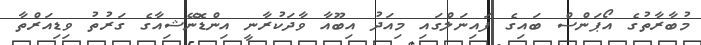
މުބާރާތުގެ އޯޕަންސް ބައިގެ ފައިނަލްގައި މިއަދު އިބޫއާ ވާދަކުރާނީ އިންޑޮނޭޝިއާގެ ގަރުތު ވިޑިއަރްތާ